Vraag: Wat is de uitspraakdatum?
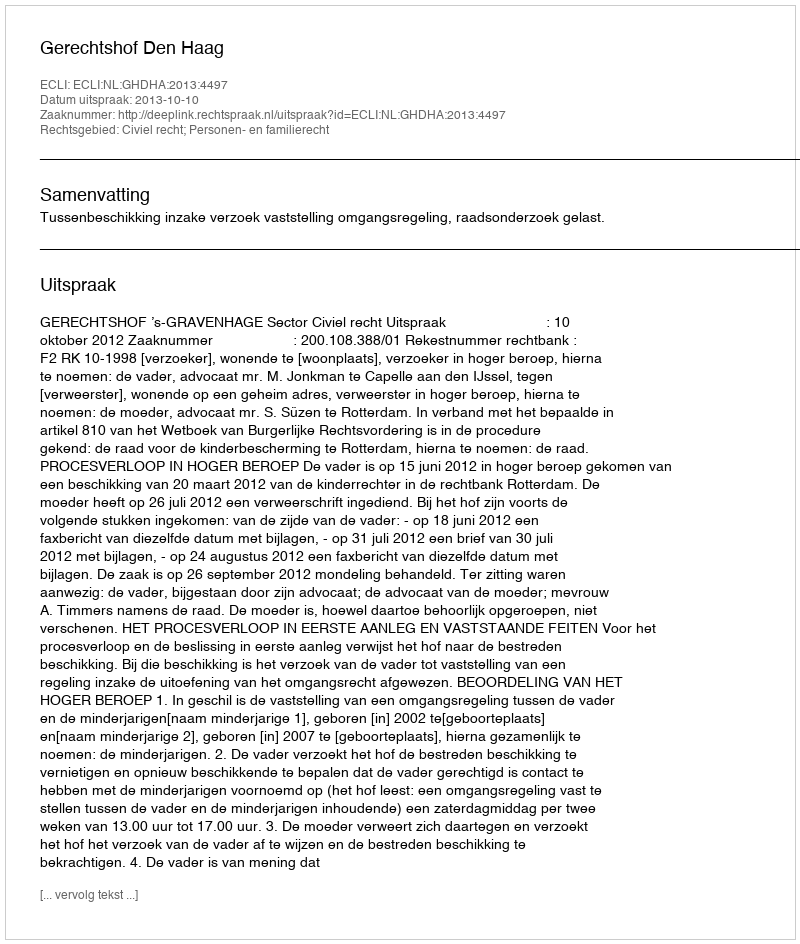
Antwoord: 2013-10-10